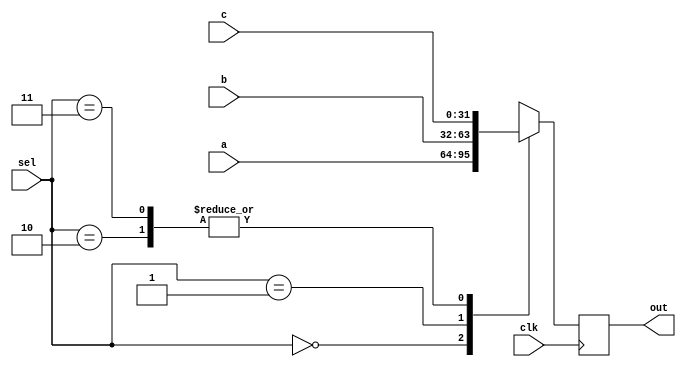
// Diseo basado en este diseo recuperado de Javatpoint:
// https://www.javatpoint.com/verilog-multiplexer

// El cdigo es fcilmente escalable para usar ms entradas
module mux3to1(
	input clk,
	input [31:0] a,			 // 32-bit input called a  
	input [31:0] b,          // 32-bit input called b  
	input [31:0] c,          // 32-bit input called c  
	input [1:0] sel,         // input sel used to select between a,b,c,d
	
	// Al igual que en el MUX2to1, aqu el sel tambin puede tener origen
	// en un Forward, pero en este caso de 2 bits
	
	output reg [31:0] out	 // 32-bit output based on input sel 
);          

	// This always block gets executed whenever a/b/c/d/sel changes value  
   // When it happens, output is assigned to either a/b/c/d  
   always @ (posedge clk)
	begin  
      case (sel)  
         2'b00 : out <= a;  
         2'b01 : out <= b;  
         2'b10 : out <= c;  
         2'b11 : out <= c;
			// Al seleccionar un cuarto dato se selecciona el tercer dato
			// para no causar errores
			
			// Depender de nosotros decidir si mantenemos esta implementacin
			// o que pare el programa y mencione el error
      endcase  
   end  
endmodule